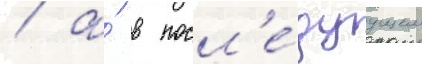
/ а́ в посл'е́дуущем